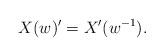
LaTeX: \begin{align*}X(w)'=X'(w^{-1}).\end{align*}